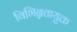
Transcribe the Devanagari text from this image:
विभिन्नतायुक्त